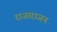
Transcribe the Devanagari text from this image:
राजाराजन